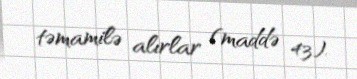
təmamilə alırlar (maddə 43).